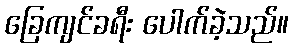
ခြေကျင်ခရီး ပေါက်ခဲ့သည်။